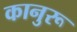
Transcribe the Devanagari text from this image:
कानुरू